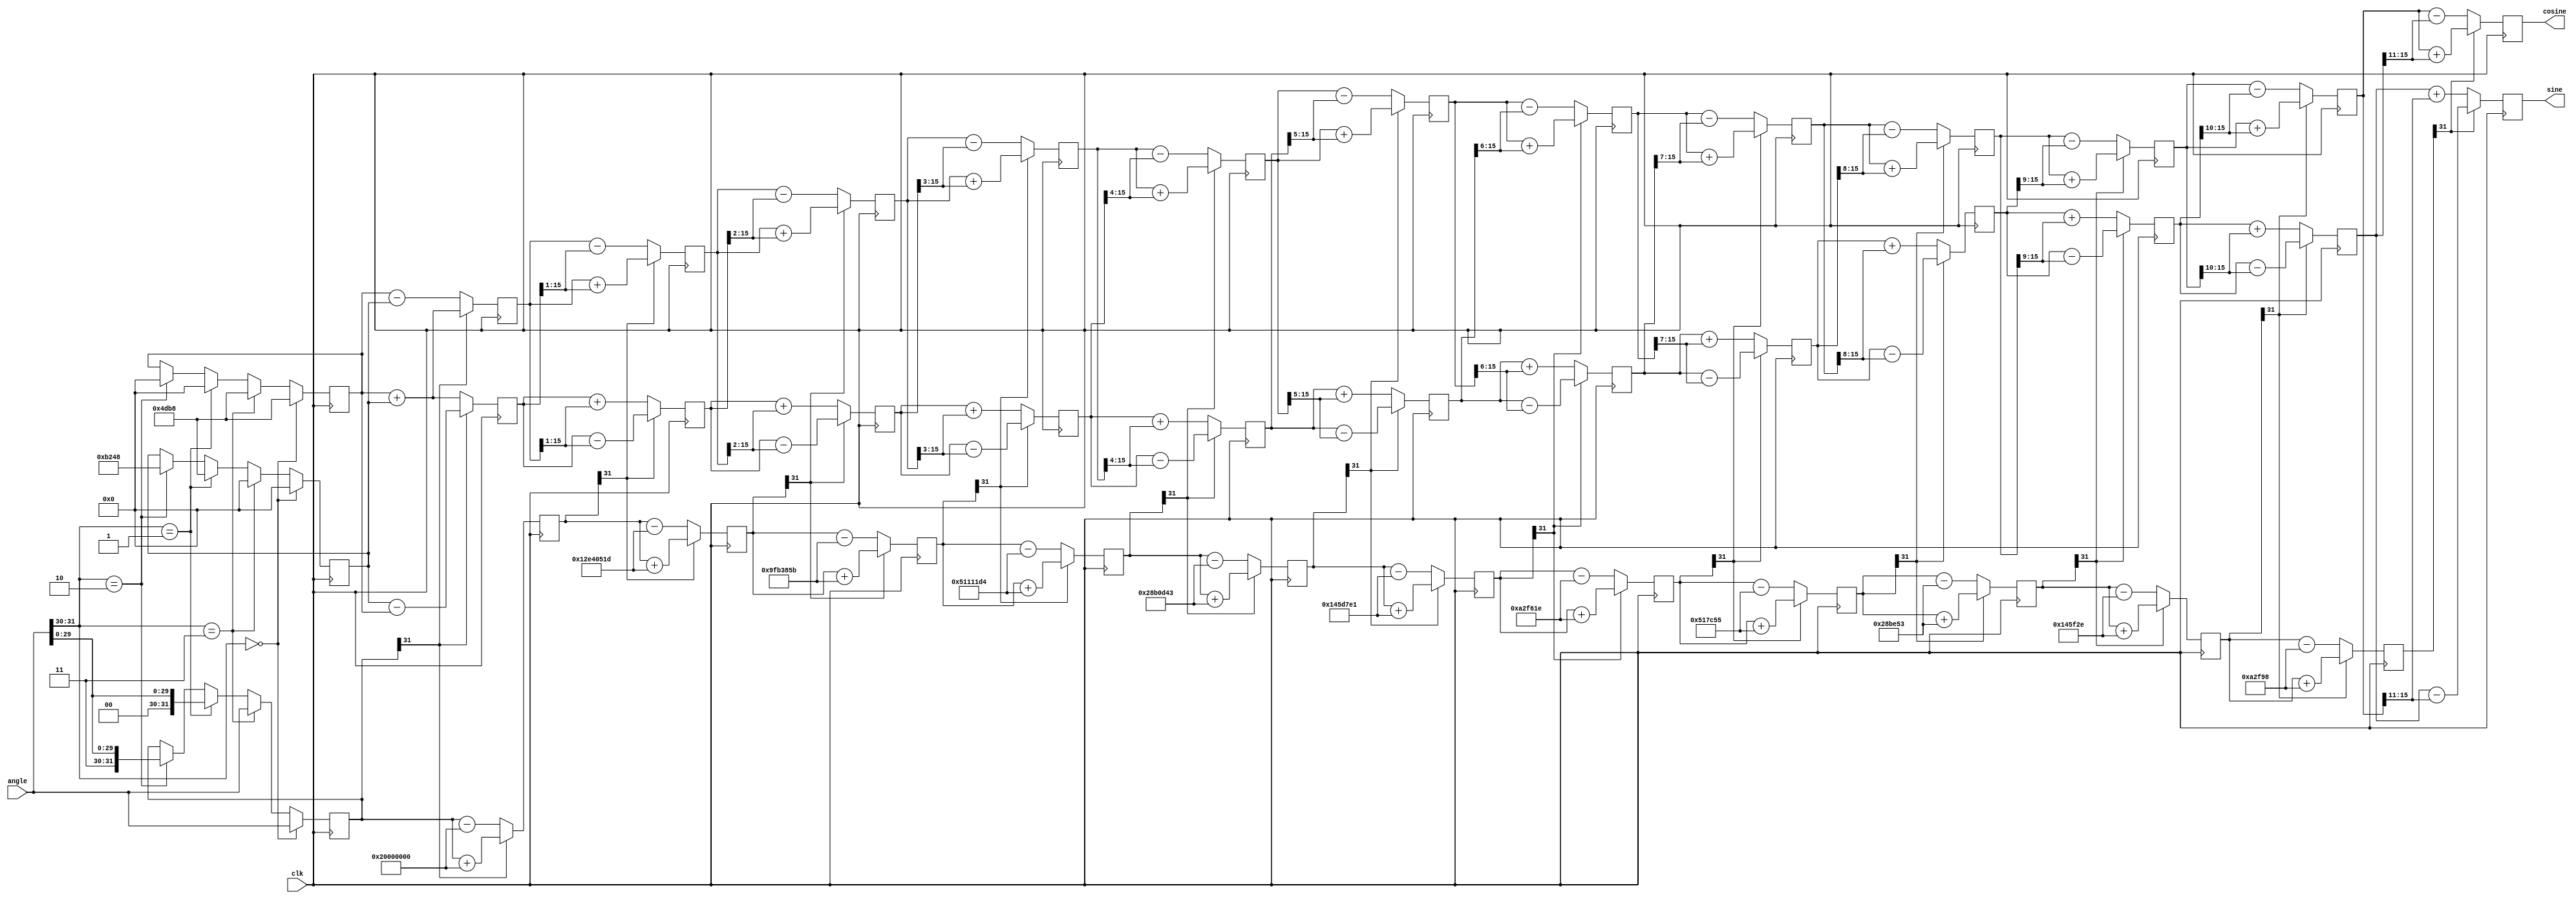
module cordic(clk, angle, sine, cosine);
  input clk;
  input signed [31:0] angle; //Decimal value mapped to 2^32 for integer operations.
  output signed [15:0] sine; //16bit outputs.
  output signed [15:0] cosine;
  
  //13 Iterations
  //x = Real Part, y = Imaginary Part
  //z = Phase remaining to be rotated 
  //scaling_factor = Rotations introduce a scaling factor that is mapped onto 2^15 and will be multiplied with the vector. 
  //sector = Current quadrant, given by last two bits of the phase - sign of an and > or < 90degrees.
  reg signed [15:0] x [0:12];
  reg signed [15:0] y [0:12];
  reg signed [31:0] z [0:12];
  parameter scaling_factor = 32768*0.6071645;
  wire [1:0] sector;
  assign sector = angle[31:30];
  
  //Assign outputs.
  assign sine = y[12];
  assign cosine = x[12];
  
  //Table of angle values for use with z. Angles obtained as arctan(2^(-i)), then mapped to 2^32. 
  wire signed [31:0] theta [0:12];
  assign theta [ 0] = 'h20000000;  //45 degrees
  assign theta [ 1] = 'h12E4051D;  //26.565051177078 degrees
  assign theta [ 2] = 'h9FB385B;   //14.0362434679265 degrees
  assign theta [ 3] = 'h51111D4;   //7.1250163489018 degrees
  assign theta [ 4] = 'h28B0D43;   //3.57633437499735 degrees
  assign theta [ 5] = 'h145D7E1;   //1.78991060824607 degrees
  assign theta [ 6] = 'hA2F61E;    //0.895173710211074 degrees
  assign theta [ 7] = 'h517C55;    //0.447614170860553 degrees
  assign theta [ 8] = 'h28BE53;    //0.223810500368538 degrees
  assign theta [ 9] = 'h145F2E;    //0.111905677066207 degrees
  assign theta [10] = 'hA2F98;     //0.0559528918938037 degrees
  assign theta [11] = 'h517CC;     //0.0279764526170037 degrees
  assign theta [12] = 'h28BE6;     //0.013988227142265 degrees
  
  //Pre-rotating vector based on quadrant - in order to bring it between 90 and -90
  always @(posedge clk)
  begin 
	//Nothing to be done for Q1, Q4.
    if (sector == 2'b00) begin
	  x[0] <= scaling_factor;
      y[0] <= 0;
      z[0] <= angle;      
    end
	
    else if  (sector == 2'b11) begin
	  x[0] <= scaling_factor;
      y[0] <= 0;
      z[0] <= angle;      
    end      
    
	//Reduce by 90deg for Q2. 
    else if (sector == 2'b01) begin
      x[0] <= -0;
      y[0] <= scaling_factor;
      z[0] <= {2'b00,angle[29:0]};      
    end
	
	//Increase by 90deg for Q3.
    else if (sector == 2'b10) begin
      x[0] <= 0;
      y[0] <= -scaling_factor;
      z[0] <= {2'b11,angle[29:0]};
    end
  end

  //Loop that performs the rotation operation every rising clock edge. 
  genvar i;
  generate
    for (i=0; i<13; i=i+1)
      begin
		//sgn decides whether to go clockwise or anti-clockwise.
        wire sgn; 
	assign sgn = z[i][31]; //sign bit of z.
		
        //Rotation acheived by shifting and adding.
	wire signed [15:0] xnew, ynew;
        assign xnew = x[i] >>> i; //Sign-preserving right shift.
        assign ynew = y[i] >>> i;
		
        always @(posedge clk)
          begin
            if (sgn==1)
              begin
                x[i+1] <= x[i]+ynew;
                y[i+1] <= y[i]-xnew;
                z[i+1] <= z[i]+theta[i];
              end
            else
              begin
                x[i+1] <= x[i]-ynew;
                y[i+1] <= y[i]+xnew;
                z[i+1] <= z[i]-theta[i];
              end
          end
      end
  endgenerate
  

endmodule